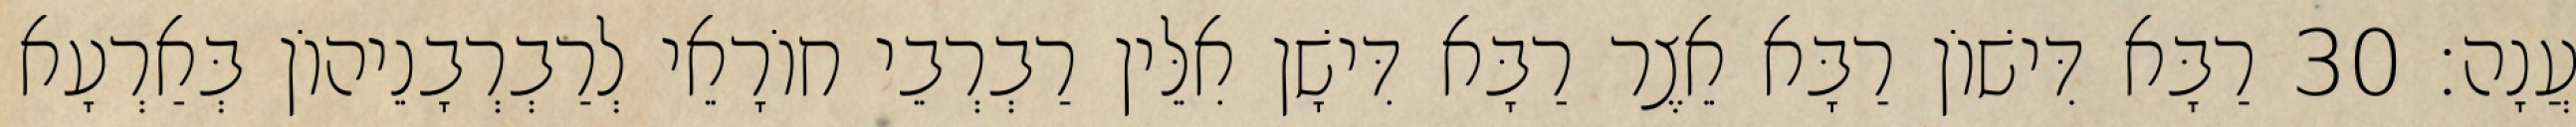
עֲנָה׃ 30 רַבָּא דִּישׁוֹן רַבָּא אֵצֶר רַבָּא דִּישָׁן אִלֵּין רַבְרְבֵי חוֹרָאֵי לְרַבְרְבָנֵיהוֹן בְּאַרְעָא